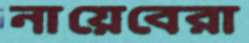
নায়েবেরা